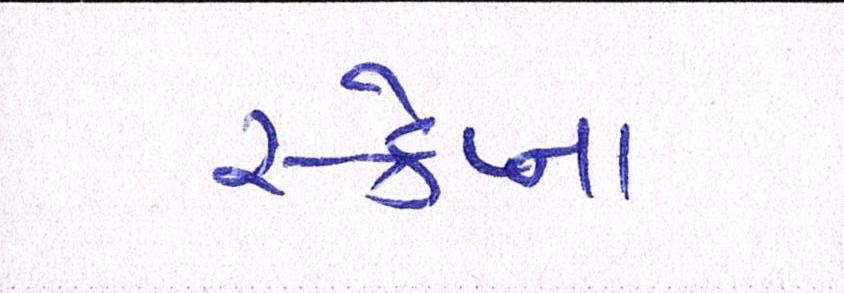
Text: સ્ક્રેપ્ના